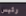
رئيس